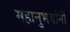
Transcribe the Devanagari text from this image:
महानुभवांनी